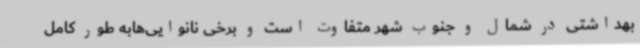
بهداشتی در شمال و جنوب شهر متفاوت است و برخی نانوایی‌هابه طور کامل